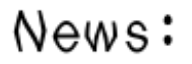
News: